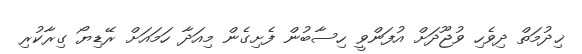
ޚިދުމަތް ދިވެހި ވުޖޫދަށް އުފަންވީ ހިސާބުން ފެށިގެން މިއަދާ ހަމައަށް ރޭޑިޔޯ ގިރާކުރި